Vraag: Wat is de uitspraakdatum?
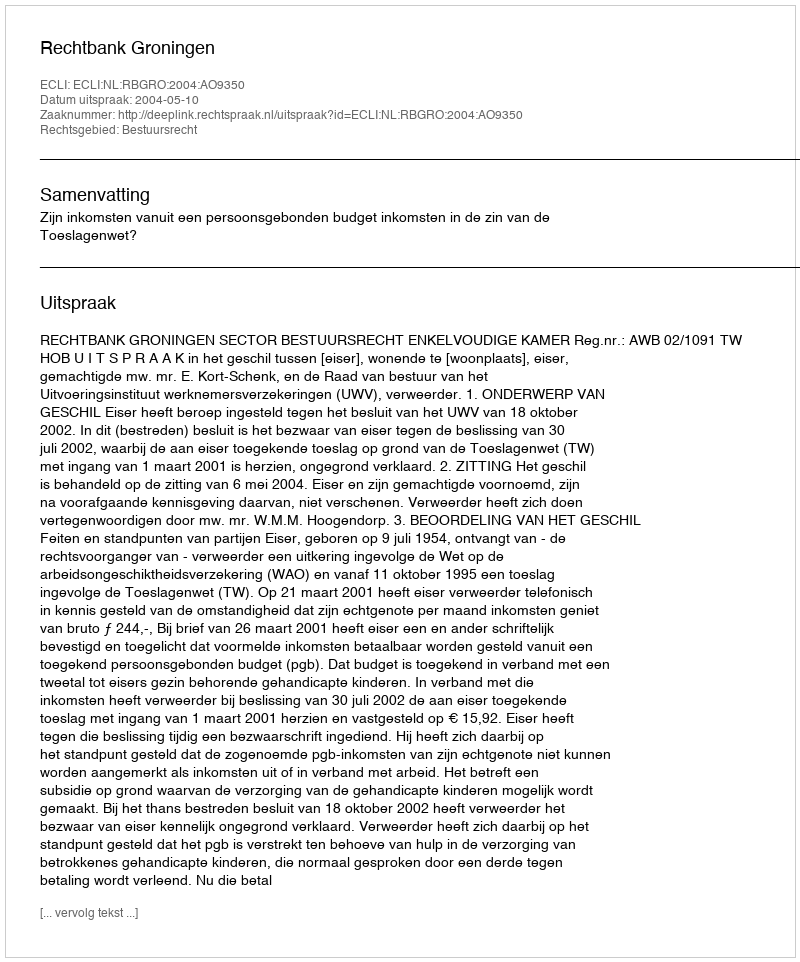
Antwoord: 2004-05-10